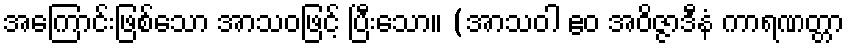
အကြောင်းဖြစ်သော အာသဝဖြင့် ပြီးသော။ (အာသဝါ ဧဝ အဝိဇ္ဇာဒီနံ ကာရဏတ္တာ